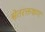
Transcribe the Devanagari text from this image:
श्वेतरक्तकण